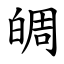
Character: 皗